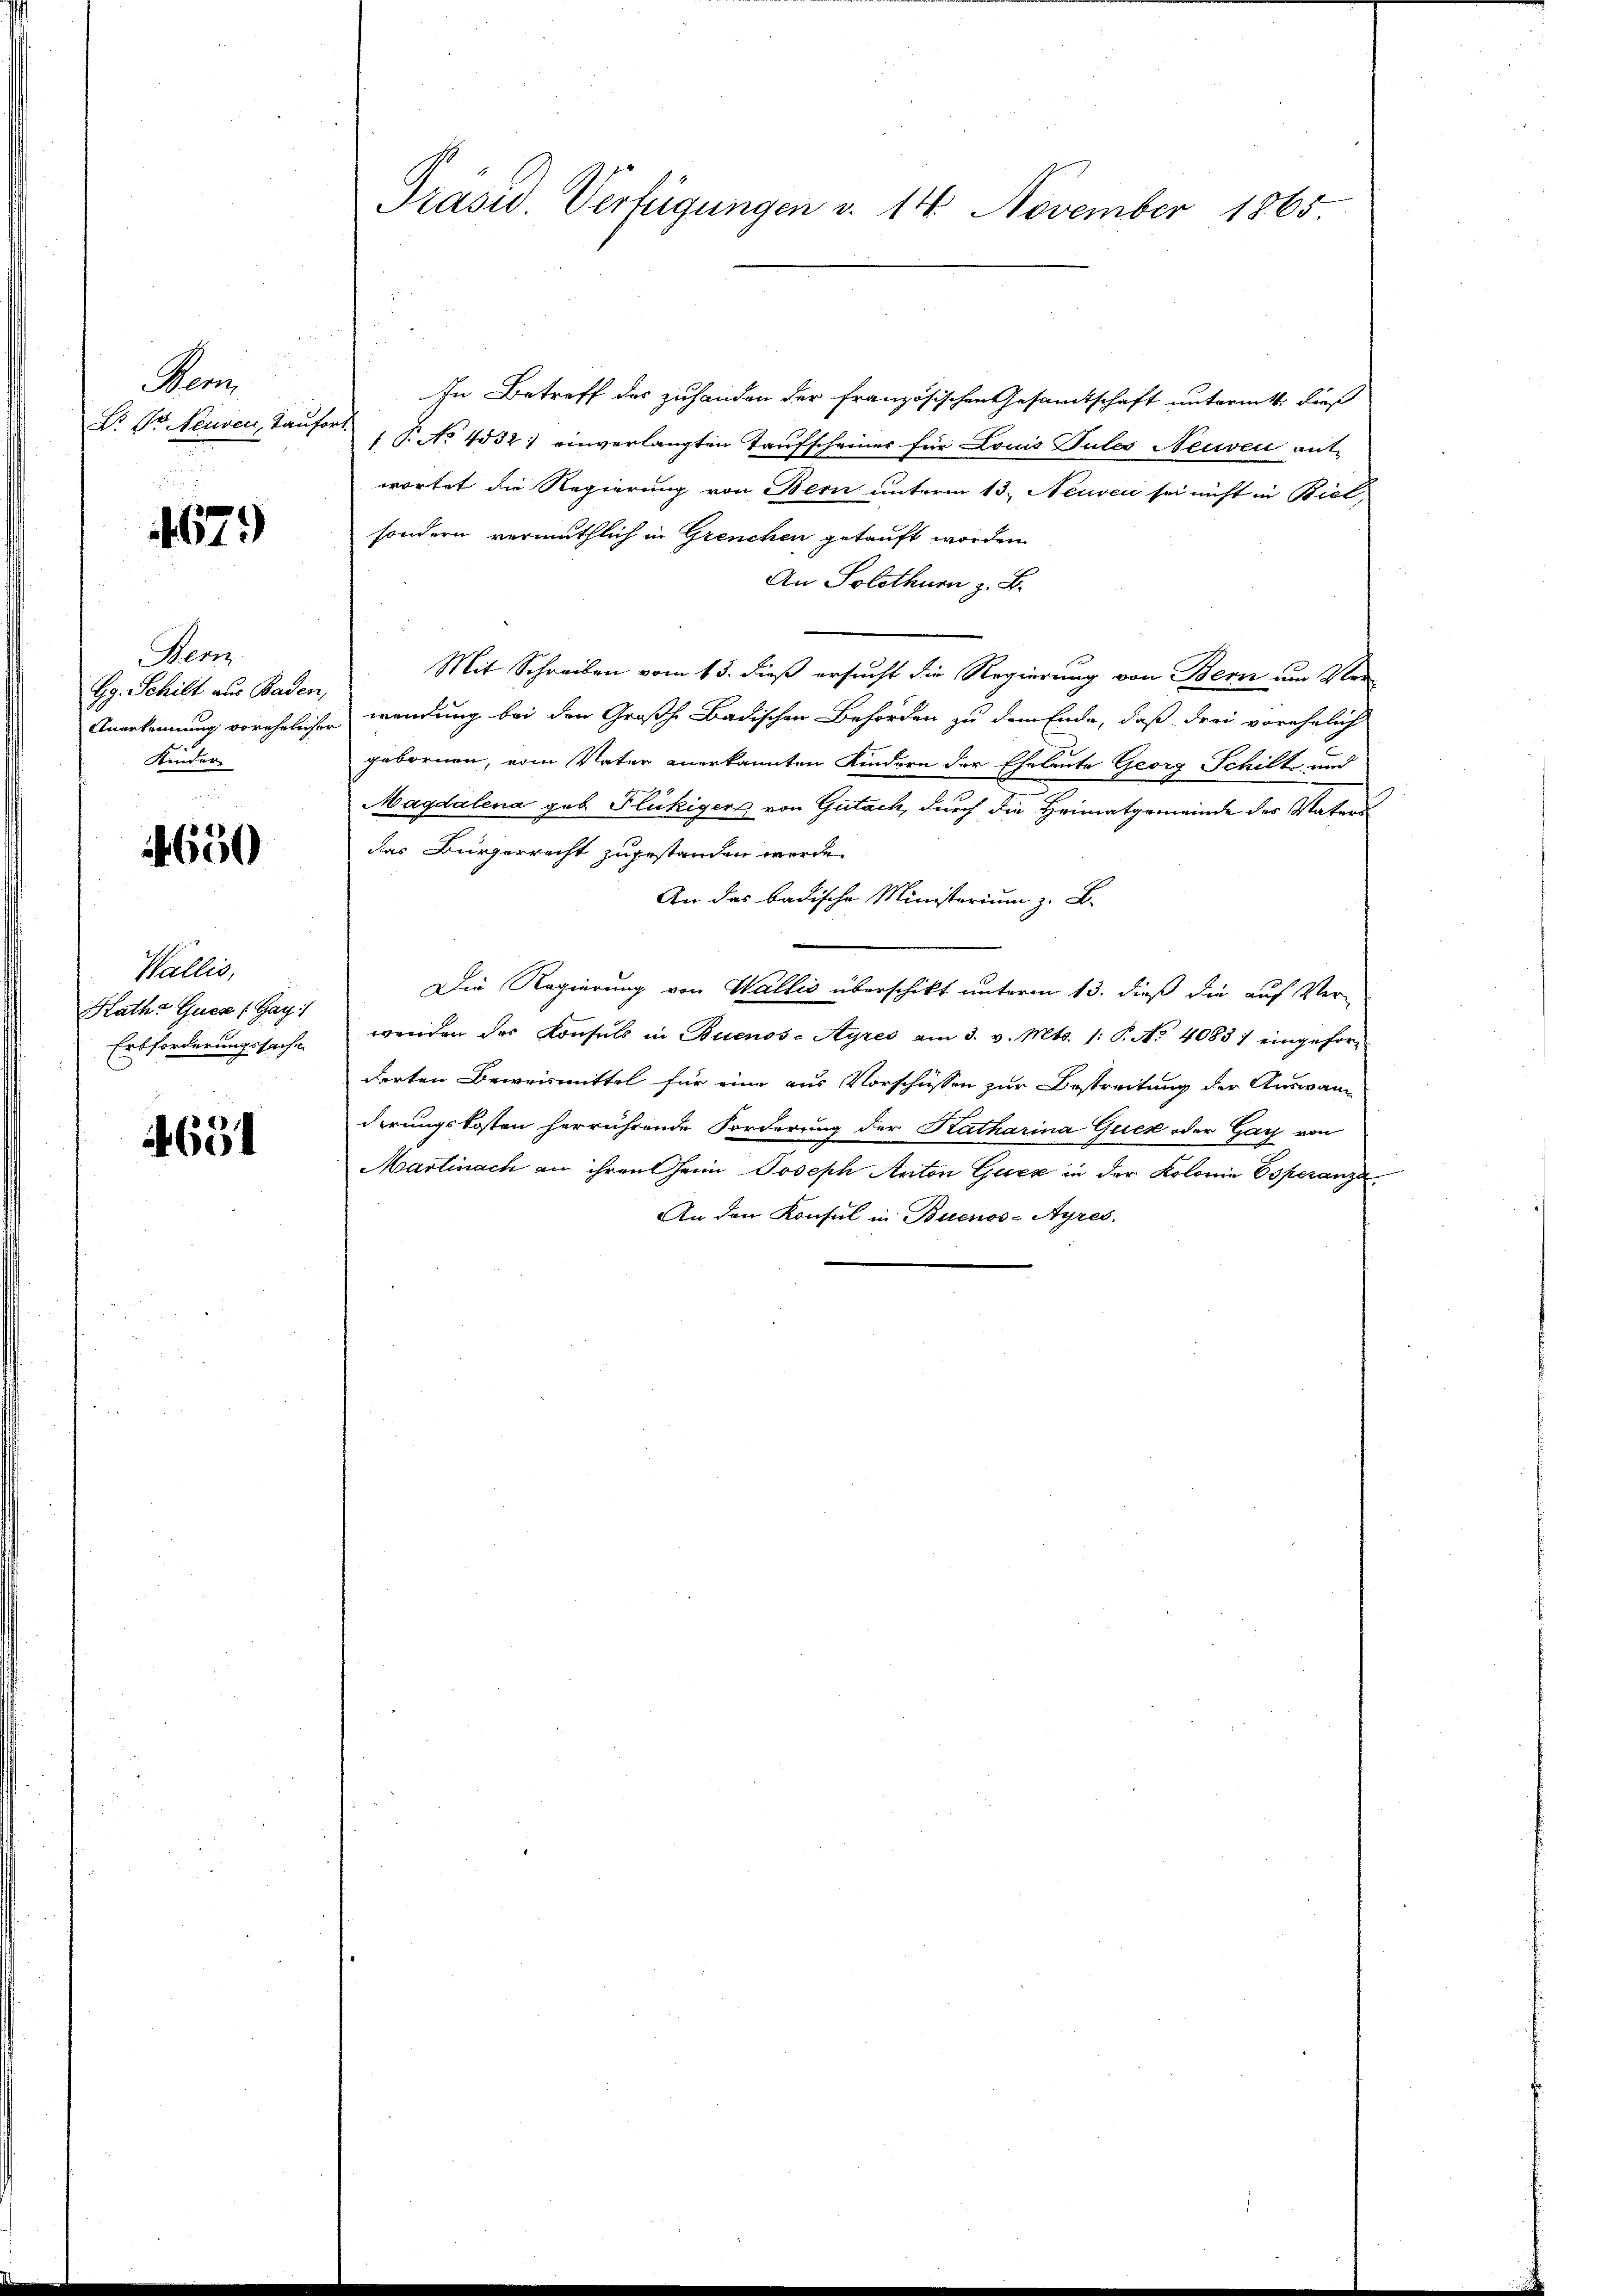
Seon
Dr. Dr. Neuven, Taufer

467.

Ner
Gg. Schilt aus Baden,
Anerkennung vorehelicher
Kinder

650

Wallis,
Rath Guer (Gay
Erbforderungssache

4651

Präsid Verfügungen v. 14. November 1865

In Betreff des zuhanden der Französischen Gesamtschaft untermitt. dieß
P No. 4532) einverlangten Taufscheiner für Louis Tules Neuven ant-
wortet die Regierung von Bern unterm 13. Neuvec sei nicht in Biel,
sondern vermuthlich in Grenchen getauft worden
An Solothurn z. B.
Mit Schreiben vom 13. dieß ersucht die Regierung von Bern um Vor
wendung bei den Großh. Badischen Behörden zu dem Ende, daß drei vorehelich
gebornen, vom Vater anerkannten Kindern der Eheleute Georg Schilt und
Magdalena geb. Flückigers von Gutach, durch die Heimatgemeinde der Vaters
das Bürgerrecht zugestanden werde.
An das badische Ministerium z. B.
Die Regierung von Wallis überschikt unterm 13. dieß die auf Ver-
werden des Konsuls in Buenos-Ayres am 3. v. Mts. 1. P. No 40831 eingeforderten Beweismittel für eine aus Vorschüssen zur Bestreitung der Auswan
derungskosten herrührende Forderung der Katharina Guck oder Ganz von
Martinach an ihren Heim Joseph Anton Gurz in der Kolonie Operanza
An den Konsul in Buenos-Ayres.